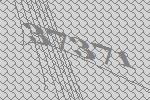
37371